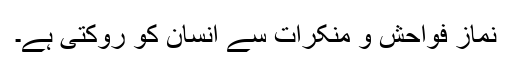
نماز فواحش و منکرات سے انسان کو روکتی ہے۔